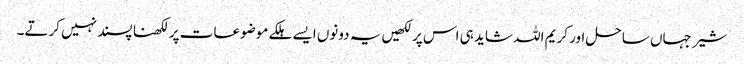
شیر جہاں ساحل اور کریم اللہ شاید ہی اس پر لکھیں یہ دونوں ایسے ہلکے موضوعات پر لکھنا پسند نہیں کرتے۔